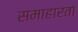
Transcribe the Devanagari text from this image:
समाहारता